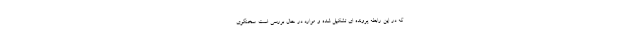
که در این رابطه پرونده ای تشکیل شده و موارد در حال بررسی است. سخنگوی